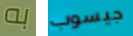
به جيسوب